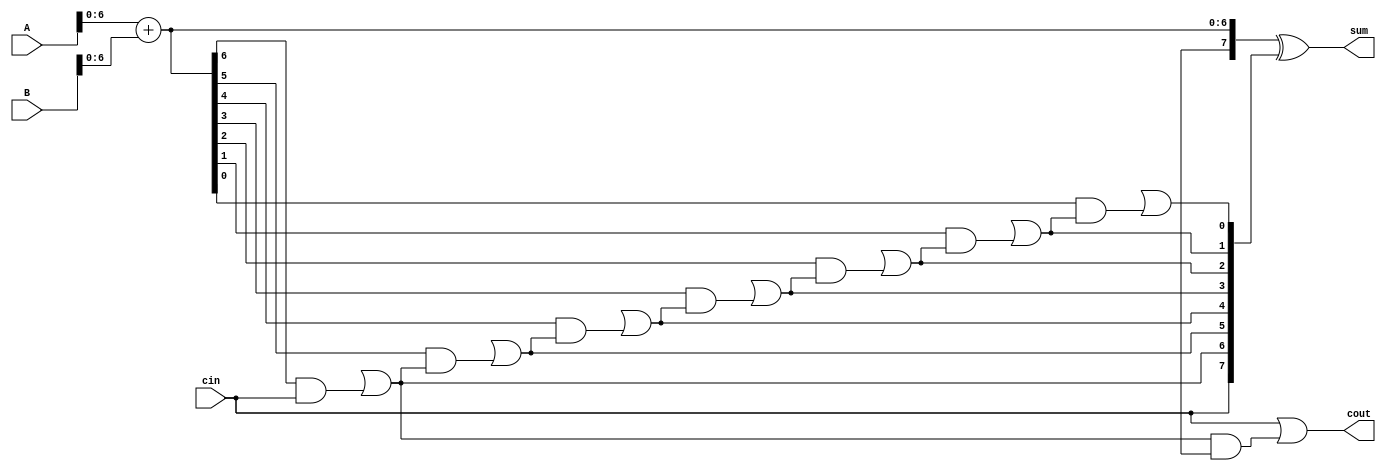
module carry_bypass_adder (
    input [7:0] A,
    input [7:0] B,
    input cin,
    output [7:0] sum,
    output cout
);

wire [7:0] p, g, c, c1, c2;

assign {c1[7], p[6:0]} = A + B;
assign {g[7], c2[6:0]} = A & B;

assign c[7] = cin;
assign c[6] = g[6] | p[6] & c[7];
assign c[5] = g[5] | p[5] & c[6];
assign c[4] = g[4] | p[4] & c[5];
assign c[3] = g[3] | p[3] & c[4];
assign c[2] = g[2] | p[2] & c[3];
assign c[1] = g[1] | p[1] & c[2];
assign c[0] = g[0] | p[0] & c[1];

assign sum = p ^ c;
assign cout = c[7] | (c[6] & p[7]);

endmodule